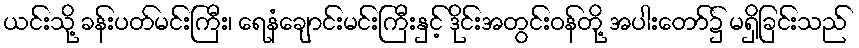
ယင်းသို့ ခန်းပတ်မင်းကြီး၊ ရေနံချောင်းမင်းကြီးနှင့် ဒိုင်းအတွင်းဝန်တို့ အပါးတော်၌ မရှိခြင်းသည်